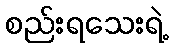
စည်းရသေးရဲ့